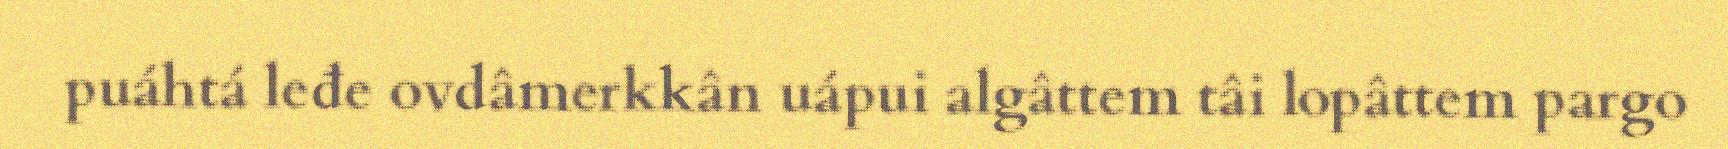
puáhtá leđe ovdâmerkkân uápui algâttem tâi lopâttem pargo